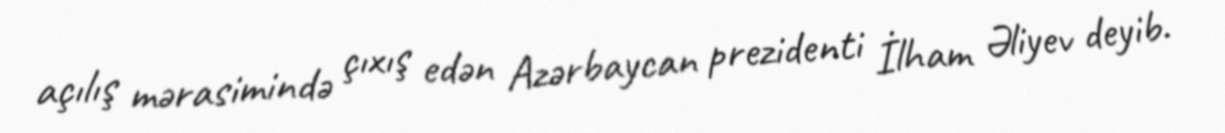
açılış mərasimində çıxış edən Azərbaycan prezidenti İlham Əliyev deyib.